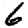
Digit: 6